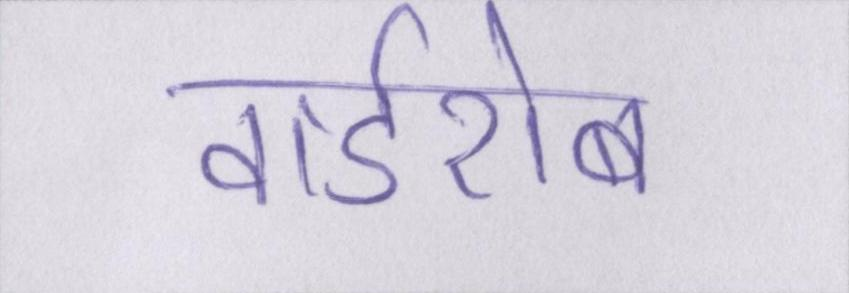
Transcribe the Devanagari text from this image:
वार्डरोब